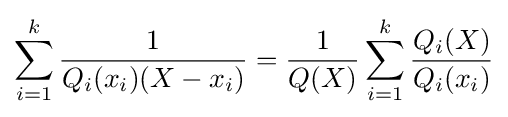
\sum _{i=1}^{k}{\frac {1}{Q_{i}(x_{i})(X-x_{i})}}={\frac {1}{Q(X)}}\sum _{i=1}^{k}{\frac {Q_{i}(X)}{Q_{i}(x_{i})}}